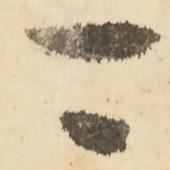
可